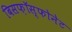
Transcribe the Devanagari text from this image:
बिसफ़ॉस्फोनेट